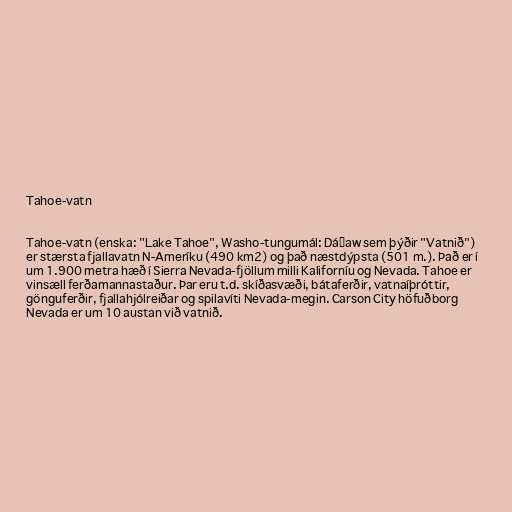
Tahoe-vatn

Tahoe-vatn (enska: "Lake Tahoe", Washo-tungumál: Dáʔaw sem þýðir "Vatnið")
er stærsta fjallavatn N-Ameríku (490 km2) og það næstdýpsta (501 m.). Það er í
um 1.900 metra hæð í Sierra Nevada-fjöllum milli Kaliforníu og Nevada. Tahoe er
vinsæll ferðamannastaður. Þar eru t.d. skíðasvæði, bátaferðir, vatnaíþróttir,
gönguferðir, fjallahjólreiðar og spilavíti Nevada-megin. Carson City höfuðborg
Nevada er um 10 austan við vatnið.